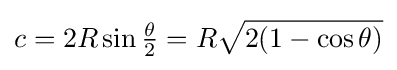
c=2R\sin {\tfrac {\theta }{2}}=R{\sqrt {2(1-\cos \theta )}}